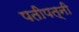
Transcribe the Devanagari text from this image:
पतीपत्‍नी